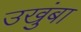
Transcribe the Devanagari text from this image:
उखुंबा